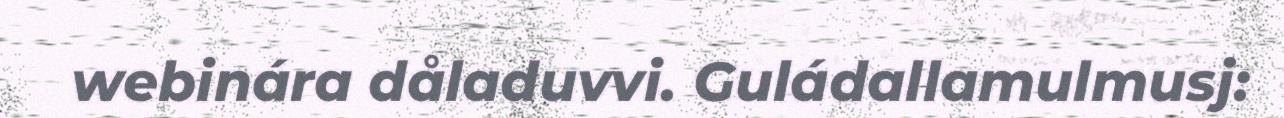
webinára dåladuvvi. Guládallamulmusj: